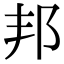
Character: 邦